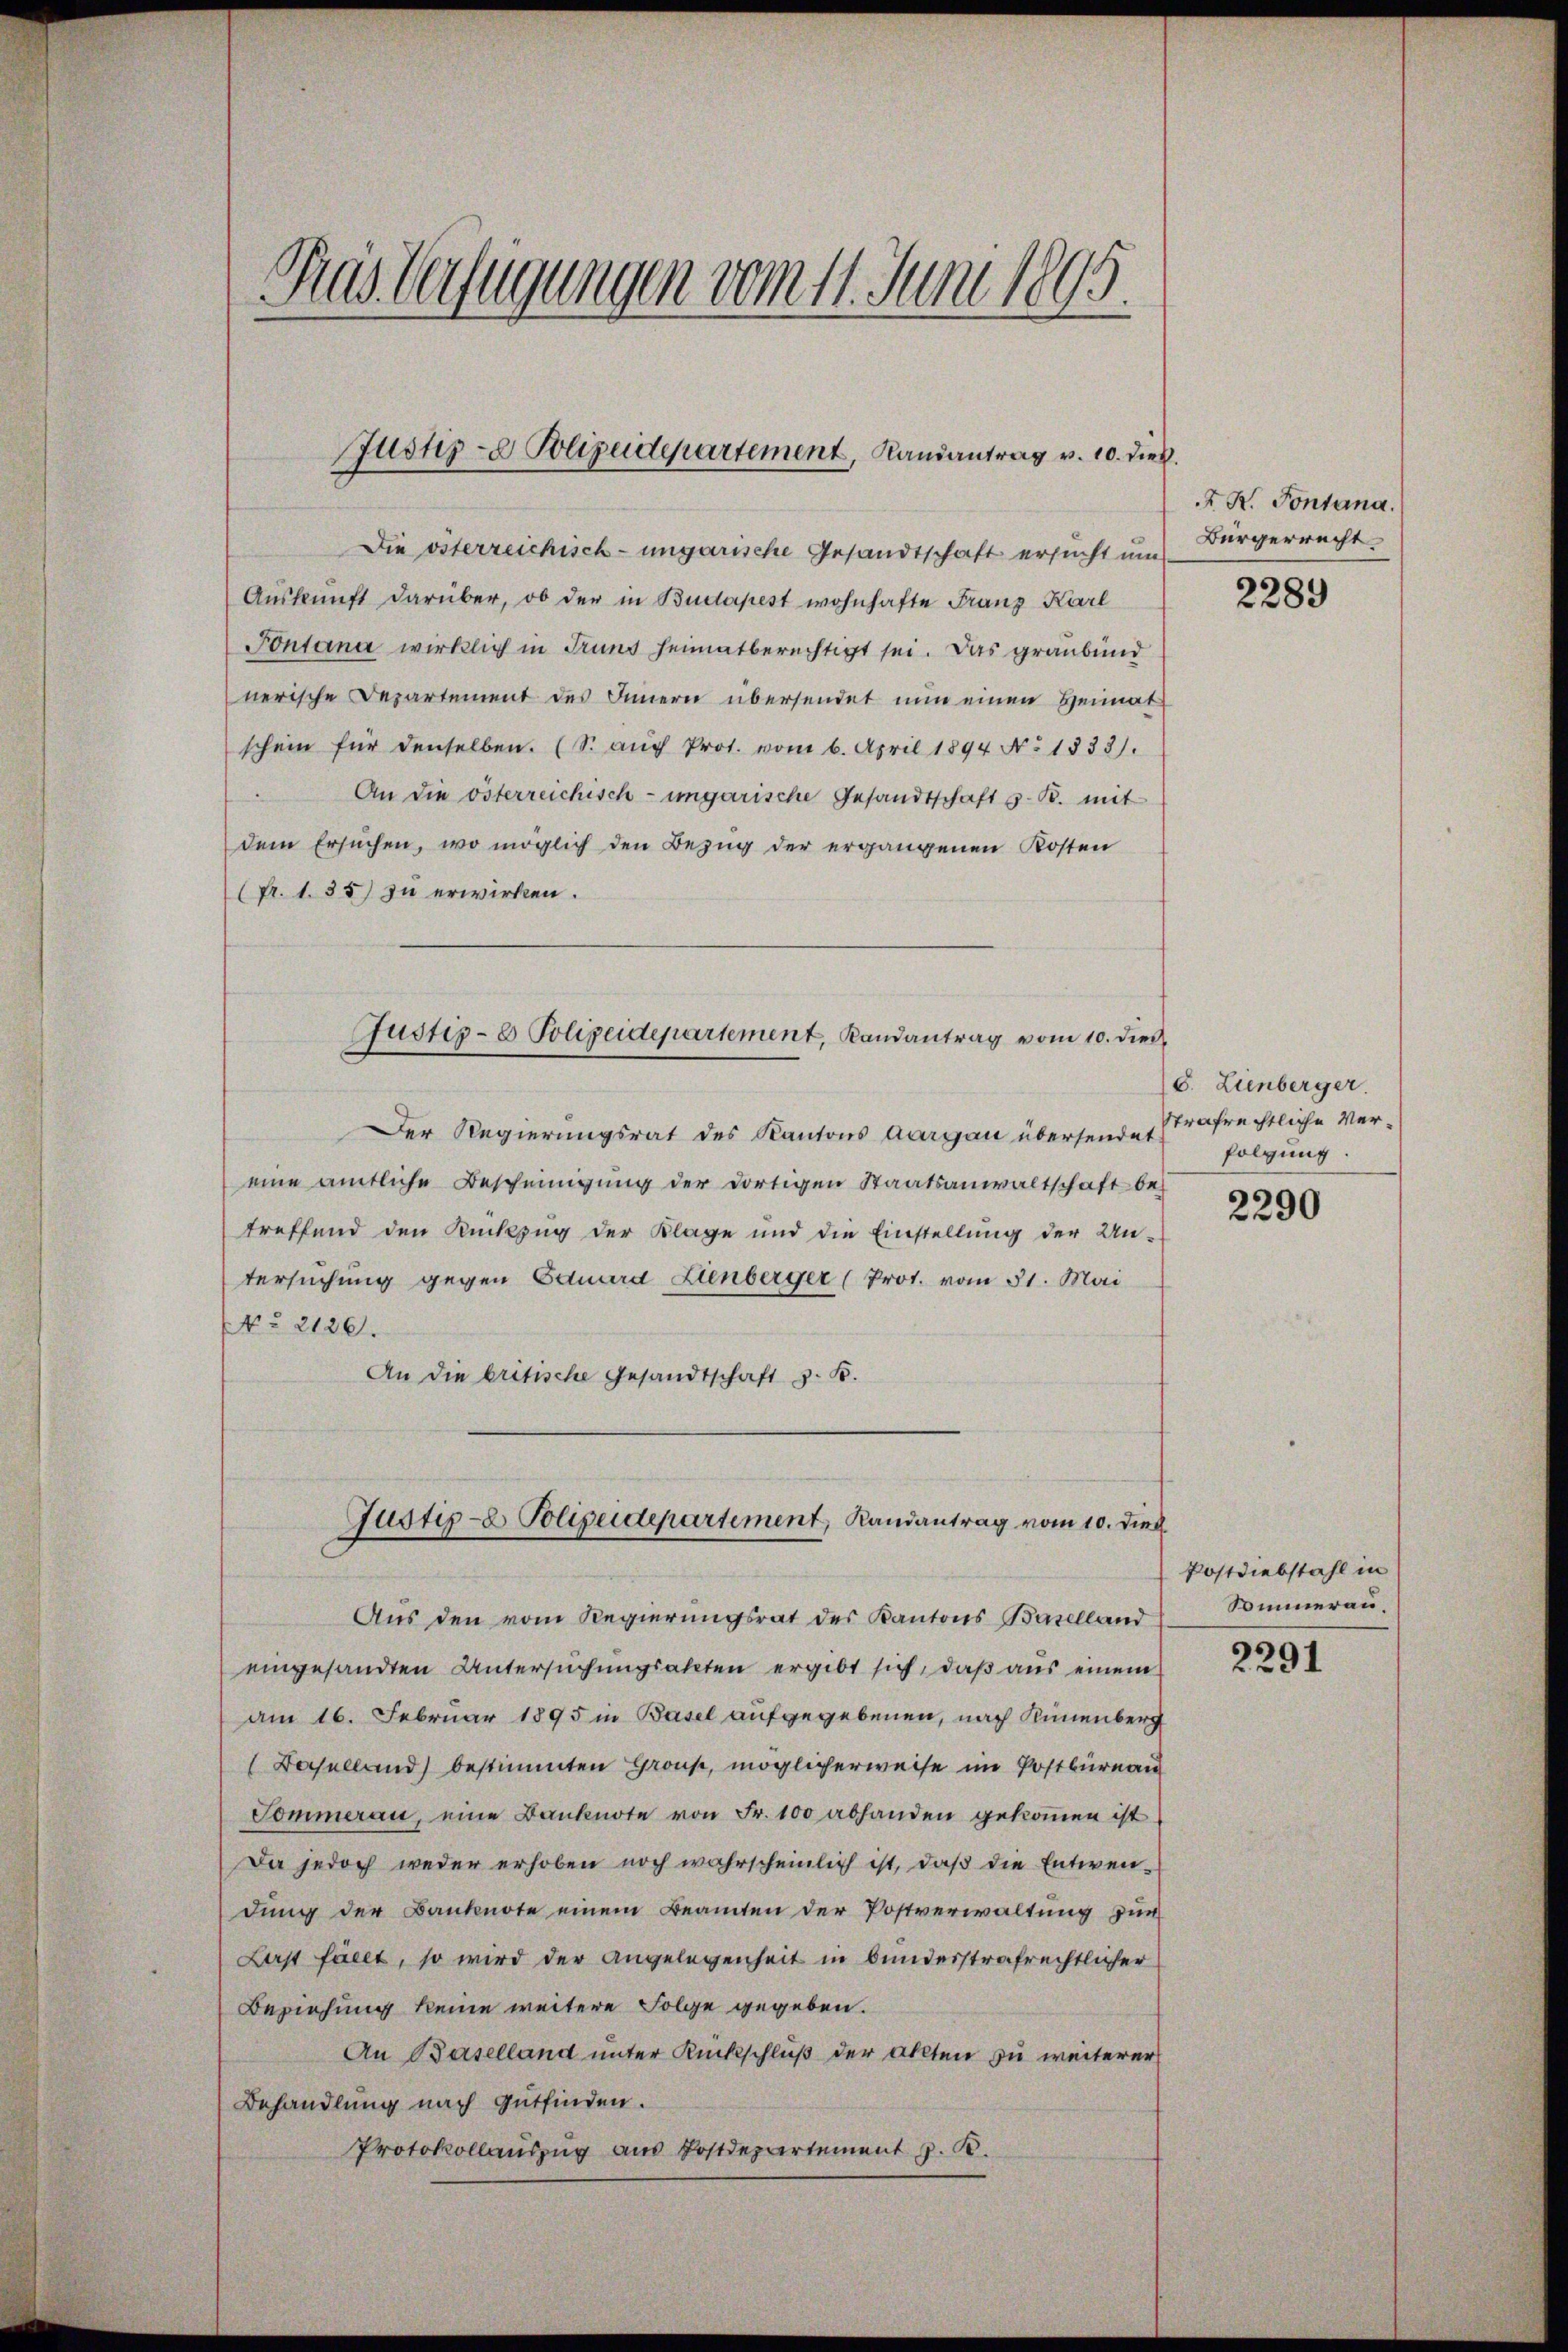
Pas Verfügungen vom 11. Juni 1895.

Justiz- & Polizeidepartement, Landantrag v. 10. dies

Die österreichisch-ungarische Gesandtschaft ersucht um
Auskunft darüber, ob der in Budapest wohnhafte Franz Karl
Pontana wirklich in Grund heimatberechtigt sei. Das graubünd
nerische Departement des Innern übersendet nun einen Heimat
schein für denselben. (S. aŭch Prot. vom 6. April 1894 No. 1833).
An die österreichisch-ungarische Gesandtschaft z. B. mit
dem Ersuchen, wo möglich den Bezug der ergangenen Kosten
(Fr. 1. 35) In erwirken.
Justiz- & Polizeidepartement, Randantrag vom 10. dies
Der Regierungsrat des Kantons Aargau übersendet
eine amtliche Bescheinigŭng der dortigen Staatsanwaltschaft be-
treffend den Rückzug der Klage und die Einstellŭng der Un-
tersuchung gegen Eduard Lienberger (Prot. vom 31. Mai
No 2126.
An die britische Gesandtschaft z. B.

Aus den vom Regierungsrat des Kantons Baselland
eingesandten Untersuchungsakten ergibt sich, daß aus einem
am 16. Februar 1895 in Basel aufgegebenen, nach Sinnenberg
(Baselland) bestimmten Grouse, möglicherweise im Postbüreau
Pommeran, eine Banknote von Fr. 100 abhanden gekoṁen ist
Da jedoch weder erhoben noch wahrscheinlich ist, daß die Entwendung der Banknote einem Beamten der Postverwaltung zur
Last fällt, so wird der Angelegenheit in bunderstrafrechtlicher
Beziehung keine weitere Folge gegeben.
An Baselland unter Rückschluß der allten zu weiterer
Behandlung nach Gutfinden.
Protokollauszug aus Postdepartement J. K.

Justiz- Polizeidepartement, Randantrag vom 10. dies

R. R. Fontana.
Bürgerrecht.

2289

8. Lienberger
Strafrechtliche Verfolgung.

2290

Postdiebstahl in
Sommerau,

2291